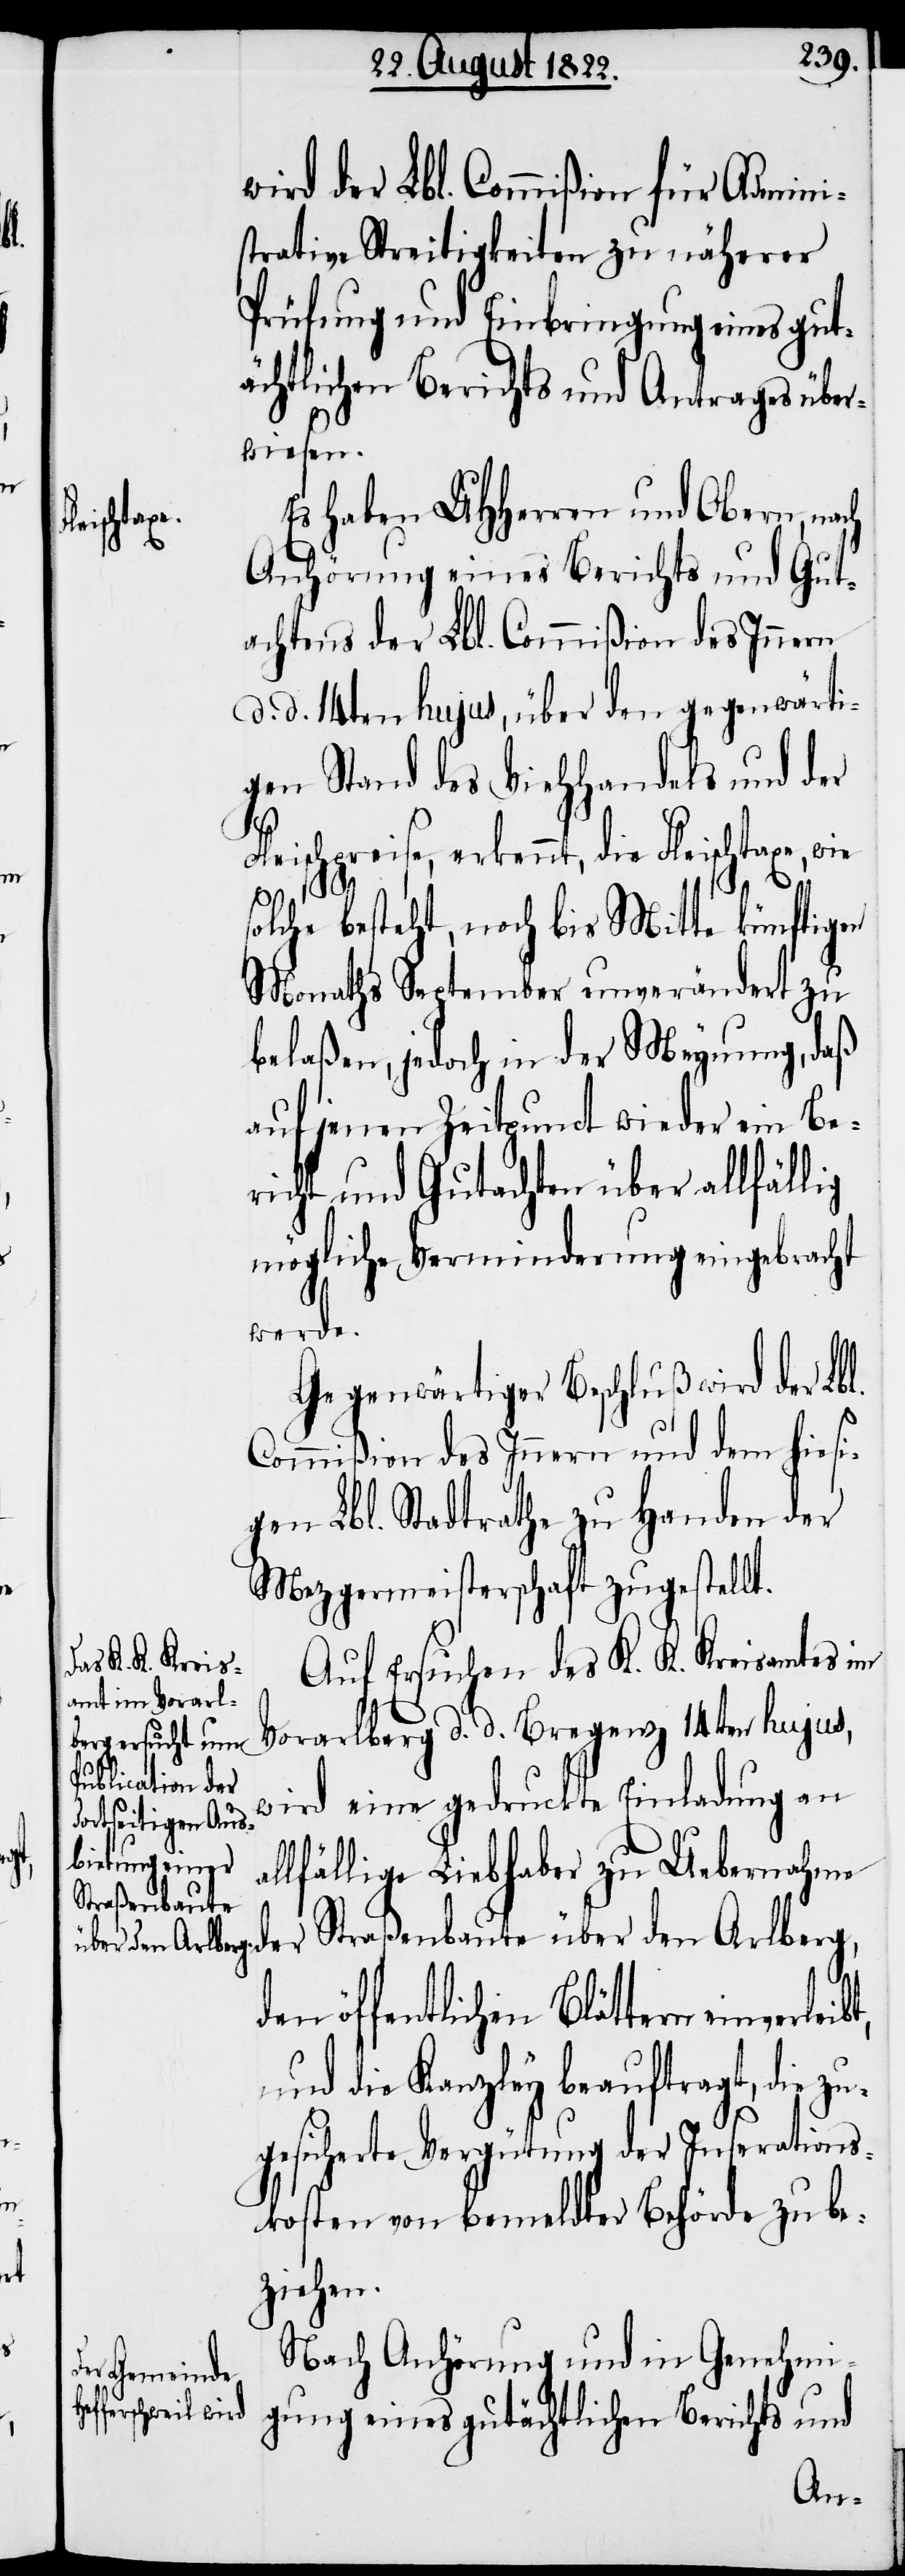
a¬

wird der Lbl. Commißion für Admini¬
strative Streitigkeiten zu näherer
Prüfung und Einbringung eines gut¬
ächtlichen Berichts und Antrages über¬
wiesen.
Es haben UHHerrn und Obern, nach
Anhörung eines Berichts und Gut¬
achtens der Lbl. Commißion des Innern
d. d. 14ten hujus, über den gegenwärti¬
gen Stand des Viehhandels und der
Fleischpreise, erkennt, die Fleischtaxe,
solche besteht, noch bis Mitte künftigen
Monaths September unverändert zu
belaßen, jedoch in der Meynung, daß
auf jenen Zeitpunct wieder ein Be¬
richt, und Gutachten über allfällig
mögliche Verminderung eingebracht
werde.
Gegenwärtiger Beschluß wird der Lbl.
Commißion des Innern und dem hiesi¬
gen Lbl. Stadtrathe zu Handen der
Mezgermeisterschaft zugestellt.
Auf Ersuchen des K. K. Kreisamtes im
Vorarlberg d. d. Bregenz 14ten hujus,
wird eine gedruckte Einladung an
llfällige Liebhaber zu Uebernahm¬
e der Straßenbaute über den Arlberg,
den öffentlichen Blättern
und die Kanzley beauftragt, die z¬
ugesicherte Vergütung der Inserations¬
kosten von bemeldter Behörde zu be¬
ziehen.
Nach Anhörung und in Genehmi¬
gung eines gutächtlichen Berichts und